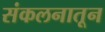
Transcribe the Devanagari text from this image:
संकलनातून